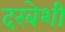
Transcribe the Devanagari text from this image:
दरबेशी